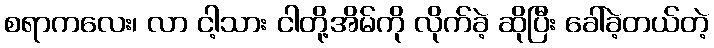
စရာကလေး၊ လာ ငါ့သား ငါတို့အိမ်ကို လိုက်ခဲ့ ဆိုပြီး ခေါ်ခဲ့တယ်တဲ့